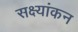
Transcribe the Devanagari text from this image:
सक्ष्यांकन